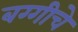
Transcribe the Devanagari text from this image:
बग्गीचे